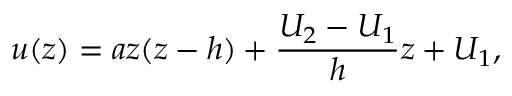
u ( z ) = a z ( z - h ) + \frac { U _ { 2 } - U _ { 1 } } { h } z + U _ { 1 } ,